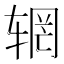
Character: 辋